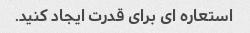
استعاره ای برای قدرت ایجاد کنید.